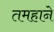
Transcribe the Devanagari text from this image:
तमहाने